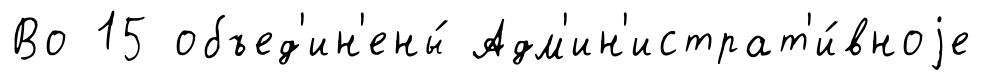
Во 15 объед'ин'ены́ Адм'ин'истрат'и́вноjе